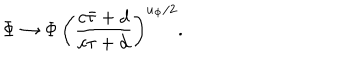
{ \Phi \to \Phi \, \left( { \frac { c \bar { \tau } + d } { c \tau + d } } \right) ^ { u _ { \Phi } / 2 } . }